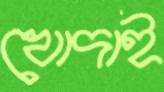
খোদাই